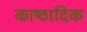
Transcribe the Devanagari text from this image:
काष्‍ठादिक